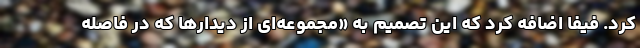
کرد. فیفا اضافه کرد که این تصمیم به «مجموعه‌ای از دیدارها که در فاصله